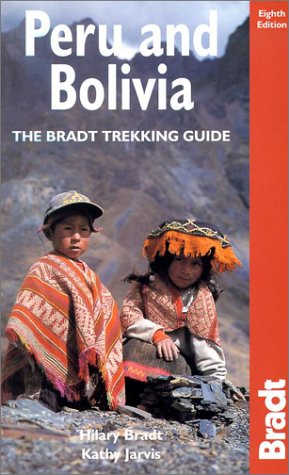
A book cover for Peru and Bolivia, 8th: The Bradt Trekking Guide; Hilary Bradt; Travel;